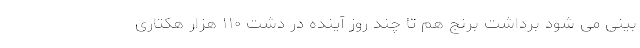
بینی می شود برداشت برنج هم تا چند روز آینده در دشت ۱۱۰ هزار هکتاری